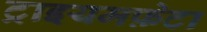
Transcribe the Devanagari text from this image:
ट्राइयमफ़ेटा